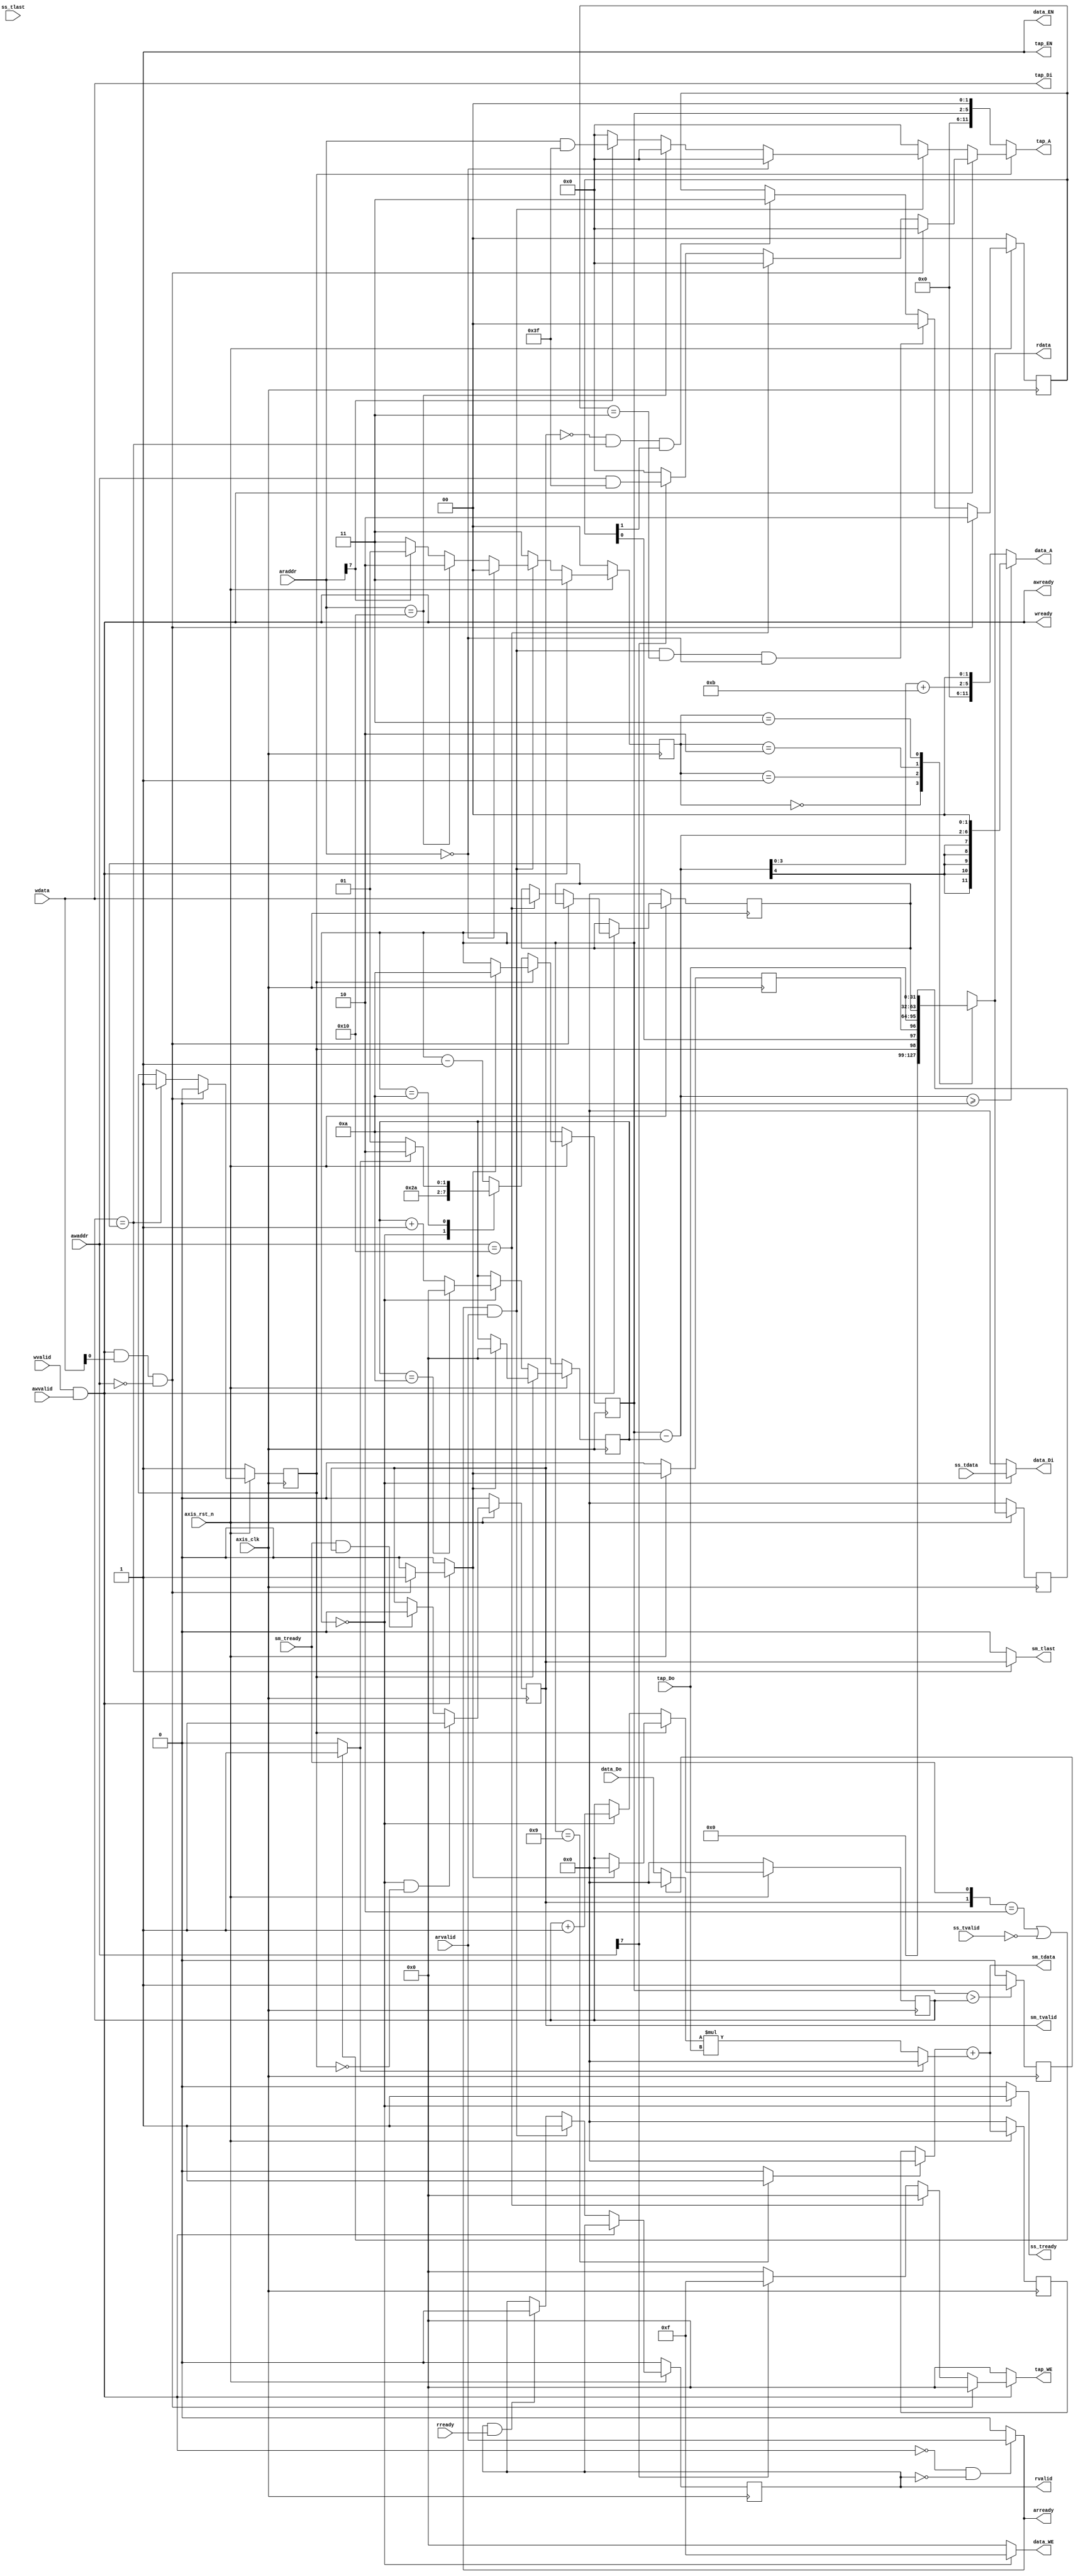
module fir 
#(  parameter pADDR_WIDTH = 12,
    parameter pDATA_WIDTH = 32,
    parameter Tape_Num    = 11
)
(
    // AXI-Lite AW channel
    output  wire                     awready,
    input   wire                     awvalid,
    input   wire [(pADDR_WIDTH-1):0] awaddr,
    // AXI-Lite W channel
    output  wire                     wready,
    input   wire                     wvalid,
    input   wire [(pDATA_WIDTH-1):0] wdata,
    // AXI-Lite AR channel
    output  reg                      arready,
    input   wire                     arvalid,
    input   wire [(pADDR_WIDTH-1):0] araddr,
    // AXI-Lite R channel
    input   wire                     rready,
    output  reg                      rvalid,
    output  wire [(pDATA_WIDTH-1):0] rdata,
    // AXI-Stream slave
    output  wire                     ss_tready,
    input   wire                     ss_tvalid, 
    input   wire [(pDATA_WIDTH-1):0] ss_tdata, 
    input   wire                     ss_tlast, 
    // AXI-Stream master
    input   wire                     sm_tready, 
    output  reg                      sm_tvalid, 
    output  wire [(pDATA_WIDTH-1):0] sm_tdata, 
    output  wire                     sm_tlast, 
    // bram for tap RAM
    output  reg  [3:0]               tap_WE,
    output  reg                      tap_EN,
    output  reg  [(pDATA_WIDTH-1):0] tap_Di,
    output  wire [(pADDR_WIDTH-1):0] tap_A,
    input   wire [(pDATA_WIDTH-1):0] tap_Do,
    // bram for data RAM
    output  reg  [3:0]               data_WE,
    output  reg                      data_EN,
    output  reg  [(pDATA_WIDTH-1):0] data_Di,
    output  reg  [(pADDR_WIDTH-1):0] data_A,
    input   wire [(pDATA_WIDTH-1):0] data_Do,

    input   wire                     axis_clk,
    input   wire                     axis_rst_n
);


// write transaction control signal: wready, awready
// wait for both addr and data then receive them at the same time
assign wready = wvalid & awvalid;
assign awready = wvalid & awvalid;
// read transaction control signal: arready
always @(*) begin
    // check if receiveing write request or rdata is received by master
    if((~wready)&(~awready)&(~rvalid))begin 
        arready = arvalid;
    end
    else begin
        arready = 1'b0;
    end
end
reg _rvalid, rvalid_d;
reg [1:0] _rdata_muxsel1, rdata_muxsel1;

reg [(pDATA_WIDTH-1):0] data_length, _data_length;
reg [(pDATA_WIDTH-1):0] rdata_reg, _rdata_reg;
reg [(pADDR_WIDTH-1):0] config_tap_A;
reg [(pDATA_WIDTH-1):0] data_idx, _data_idx;

reg ap_start, _ap_start;
reg ap_idle, _ap_idle;
reg [1:0] ap_done, _ap_done;


assign write_req_start = wready & awready & wdata[0] & (awaddr==12'h00);

// rdata
assign rdata = _rdata_reg;
always @(*) begin
    case (rdata_muxsel1)
        2'b00: _rdata_reg = {5'b0, ap_idle, ap_done[0], ap_start};
        2'b01: _rdata_reg = tap_Do;
        2'b10: _rdata_reg = data_length;
        2'b11: _rdata_reg = rdata_reg;
    endcase
end
// processing axi-lite write/read request
always @(*) begin
    _ap_start = 1'b0; // ap_start only stays high for 1 cycle
    _data_length = data_length;
    config_tap_A = 0; // 
    tap_WE = 4'b0000;
    tap_EN = 1'b1;
    tap_Di = wdata;
    _rvalid = rvalid;
    _rdata_muxsel1 = 2'b11;
    if(wready&awready)begin // write request
        if(write_req_start)begin
            _ap_start = 1'b1;
        end
        else if(awaddr==12'h10)begin
            _data_length = wdata;
        end
        else if(awaddr[7])begin // 0x80: writing tap param
            config_tap_A = awaddr & 12'h3f;
            tap_WE = 4'b1111;
        end
    end
    else if(arready&arvalid)begin // read request
        _rvalid = 1'b1;
        if(araddr==12'h00)begin
            _rdata_muxsel1 = 2'b00;
        end
        else if(araddr==12'h10)begin // data length
            _rdata_muxsel1 = 2'b10;
        end
        else if(araddr[7])begin // 0x80: reading tap param
            _rdata_muxsel1 = 2'b01;
            config_tap_A = araddr & 12'h3f;
        end
    end
    else begin
        if(rvalid&rready) _rvalid = 1'b0; // stop asserting rvalid
    end
end
// ap_idle
always @(*) begin
    _ap_idle = ap_idle;
    if(write_req_start)begin // start fir
        _ap_idle = 1'b0;
    end
    else if(data_idx==data_length)begin
        _ap_idle = 1'b1;
    end
end
// ap_done
// ap_done[1]: fir started
// ap_done[0]: fir finished transmittion
always @(*) begin
    _ap_done = ap_done;
    if(write_req_start)begin // start fir
        _ap_done = 2'b10;
    end
    else if(arready & arvalid && (ap_done==2'b11) && (araddr==12'h00))begin // read request
        _ap_done = 2'b00; // reset ap_done
    end
    else if((sm_tvalid==1'b0) && (data_idx==data_length) && ap_done[1] )begin // finish transmition
        _ap_done = 2'b11;
    end
end

// reg
always @(posedge axis_clk) begin
    if(~axis_rst_n)begin
        rvalid <= 1'b0;
        rvalid_d <= 1'b0;
        ap_start <= 1'b0;
        ap_idle  <= 1'b1;
        ap_done  <= 2'b00;
        data_length <= 0;
        rdata_reg <= 0;
        rdata_muxsel1 <= 1'b0;
    end
    else begin
        rvalid <= _rvalid;
        rvalid_d <= rvalid;
        ap_start <= _ap_start;
        ap_idle  <= _ap_idle;
        ap_done  <= _ap_done;
        data_length <= _data_length;
        rdata_reg <= _rdata_reg;
        rdata_muxsel1 <= _rdata_muxsel1;
    end
end

reg [3:0] tap_idx, _tap_idx;
reg mul_data_in_sel, _mul_data_in_sel;
// fir engine
reg [(pDATA_WIDTH-1):0] acc, _acc, mul_out;
reg stall;
wire acc_reset;
assign sm_tdata = _acc;
// avoid reading x from sram
always @(*) begin
    if( tap_idx > data_idx)begin
        _mul_data_in_sel = 1'b1;
    end
    else begin
        _mul_data_in_sel = 1'b0;
    end
end
always @(posedge axis_clk) begin
    mul_data_in_sel <= _mul_data_in_sel;
end
always @(*) begin
    mul_out = (mul_data_in_sel ? 0 : data_Do) * tap_Do;
    _acc = (acc_reset ? 0 : acc) + (stall ? 0 : mul_out);
end
always @(posedge axis_clk) begin
    if(~axis_rst_n)begin
        acc <= 0;
    end
    else begin
        acc <= _acc;
    end
end

// sm stall
always @(*) begin
    if(({sm_tvalid,sm_tready}=={1'b1,1'b0}||ss_tvalid==0))
        stall = 1'b1;
    else 
        stall = 1'b0;
end
assign sm_tlast = (data_idx==data_length) ? sm_tvalid : 1'b0;

reg [3:0] data_A_shift, _data_A_shift;
reg _sm_tvalid;
assign acc_reset = (tap_idx==4'd9) ? 1'b1 : 1'b0;
assign ss_tready = (tap_idx==4'd0) ? 1'b1 : 1'b0;

always @(*) begin
    _tap_idx = tap_idx;
    _data_idx = data_idx;
    _data_A_shift = data_A_shift;
    if(~ap_idle)begin // check fir started
        case (tap_idx)
            4'd0: begin
                _tap_idx = 4'd10;
                _data_idx = data_idx + 1;
                _data_A_shift = (data_A_shift==4'd10) ? 4'd0 : data_A_shift + 1;
            end
            4'd10: begin
                if(stall) _tap_idx = 4'd10;
                else _tap_idx = 4'd9;
            end
            default: begin
                _tap_idx = tap_idx - 4'd1;
            end
        endcase
    end
    else begin
        if(_ap_start==1'b1)begin
            _tap_idx = 4'd10;
            _data_idx = 0;
            _data_A_shift = 4'd0;
        end 
    end
end
// sm_tvalid
always @(*) begin
    _sm_tvalid = sm_tvalid;
    if((tap_idx==4'd0) && (ap_idle==1'b0))
        _sm_tvalid = 1'b1;
    else if(sm_tready & sm_tvalid)
        _sm_tvalid = 1'b0;
end
always @(posedge axis_clk) begin
    if(~axis_rst_n)begin
        tap_idx <= 4'd10;
        data_idx <= 0;
        sm_tvalid <= 1'b0;
        data_A_shift <= 4'd0;
    end
    else begin
        tap_idx <= _tap_idx;
        data_idx <= _data_idx;
        sm_tvalid <= _sm_tvalid;
        data_A_shift <= _data_A_shift;
    end
end

// ss
wire [(pADDR_WIDTH-1):0] fir_tap_A;
assign tap_A = ap_idle ? config_tap_A : fir_tap_A;
assign fir_tap_A = tap_idx << 2;

always @(*) begin
    data_Di = 0;
    data_WE = 4'b0000;
    data_EN = 1'b1;
    if(tap_idx==4'd0)begin //read in data
        data_Di = ss_tdata;
        data_WE = 4'b1111;
    end
end
reg signed [5:0] data_ram_idx;
reg [3:0] idx_t;
always @(*) begin
    data_ram_idx = tap_idx - data_A_shift;
    idx_t = data_ram_idx + 4'd11;
    if(data_ram_idx>=0)
        data_A = data_ram_idx << 2;
    else 
        data_A = idx_t << 2;
end


endmodule